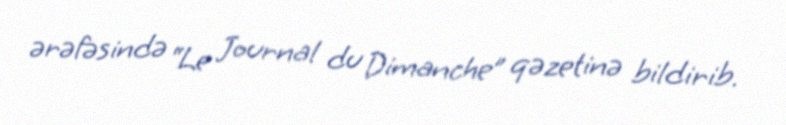
ərəfəsində “Le Journal du Dimanche” qəzetinə bildirib.